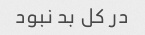
در کل بد نبود